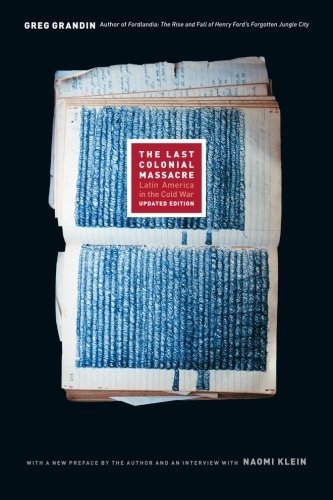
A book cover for The Last Colonial Massacre: Latin America in the Cold War, Updated Edition; Greg Grandin; History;